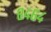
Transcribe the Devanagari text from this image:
८४६४